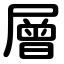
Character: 層